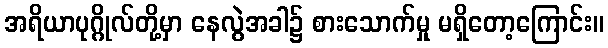
အရိယာပုဂ္ဂိုလ်တို့မှာ နေလွဲအခါ၌ စားသောက်မှု မရှိတော့ကြောင်း။